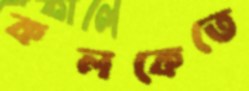
কলকেতে